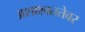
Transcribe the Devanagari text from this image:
अशाश्वततेवर